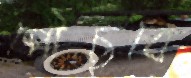
পৌঁছুবে